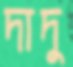
দাদু